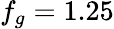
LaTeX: f_{g}=1.25